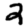
Digit: 2